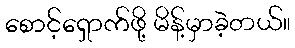
စောင့်ရှောက်ဖို့ မိန့်မှာခဲ့တယ်။